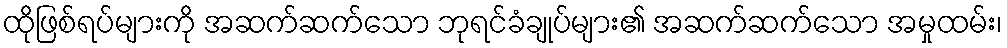
ထိုဖြစ်ရပ်များကို အဆက်ဆက်သော ဘုရင်ခံချုပ်များ၏ အဆက်ဆက်သော အမှုထမ်း၊